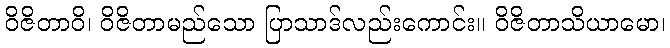
ဝိဇိတာဝိ၊ ဝိဇိတာမည်သော ပြာသာဒ်လည်းကောင်း။ ဝိဇိတာသိယာမော၊